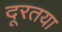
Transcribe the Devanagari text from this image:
दूरतया